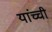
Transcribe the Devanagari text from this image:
यांच्ची